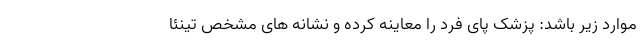
موارد زیر باشد: پزشک پای فرد را معاینه کرده و نشانه های مشخص تینئا